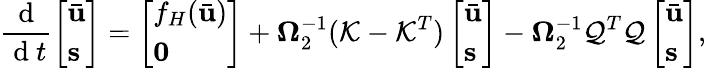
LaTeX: \frac{\mathrm{~d~}}{\mathrm{~d~}t}\left[\begin{array}{l}{\bar{\mathbf{u}}}\\ {\mathbf{s}}\end{array}\right]=\left[\begin{array}{l}{f_{H}(\bar{\mathbf{u}})}\\ {\mathbf{0}}\end{array}\right]+\boldsymbol{\Omega}_{2}^{-1}(\mathcal{K}-\mathcal{K}^{T})\left[\begin{array}{l}{\bar{\mathbf{u}}}\\ {\mathbf{s}}\end{array}\right]-\boldsymbol{\Omega}_{2}^{-1}\mathcal{Q}^{T}\mathcal{Q}\left[\begin{array}{l}{\bar{\mathbf{u}}}\\ {\mathbf{s}}\end{array}\right],